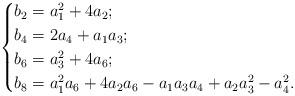
LaTeX: \begin{align*} \begin{cases}b_2=a_1^2+4a_2;\\b_4=2a_4+a_1a_3;\\b_6=a_3^2+4a_6;\\b_8=a_1^2a_6+4a_2a_6-a_1a_3a_4+a_2a_3^2-a_4^2.\end{cases}\end{align*}